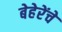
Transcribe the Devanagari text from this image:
बेहेरेंचे